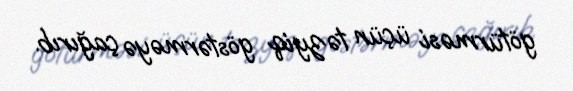
götürməsi üçün təzyiq göstərməyə çağırıb.